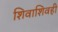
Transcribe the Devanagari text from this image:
शिवाशिवही